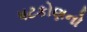
ષટકોણનો